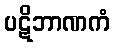
ပဋိဘာဏကံ